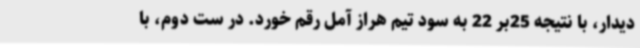
دیدار، با نتیجه 25بر 22 به سود تیم هراز آمل رقم خورد. در ست دوم، با